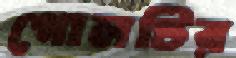
গোলটির